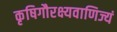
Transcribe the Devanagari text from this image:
कृषिगौरक्ष्यवाणिज्यं